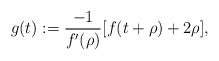
\begin{align*} g(t):=\frac{-1}{f'(\rho)}[f(t+\rho)+2\rho], \end{align*}